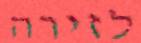
לזירה